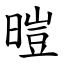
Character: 暟